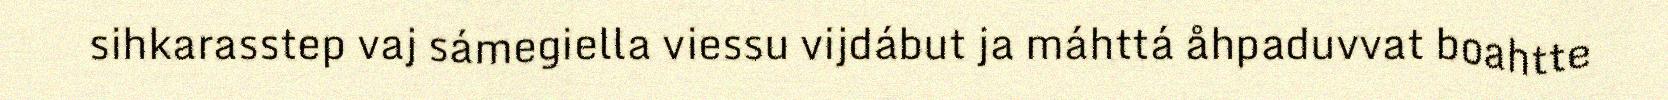
sihkarasstep vaj sámegiella viessu vijdábut ja máhttá åhpaduvvat boahtte